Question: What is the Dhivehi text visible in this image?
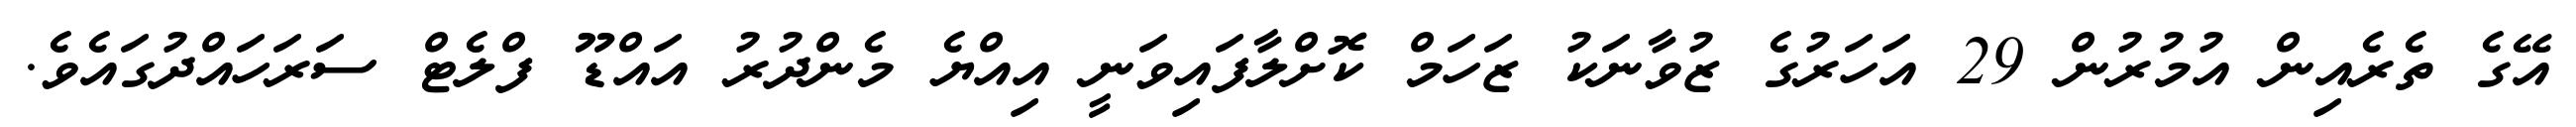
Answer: އޭގެ ތެރެއިން އުމުރުން 29 އަހަރުގެ ޒުވާނަކު ޒަހަމް ކޮށްލާފައިވަނީ އިއްޔެ މެންދުރު އައްޑޫ ފްލެޓް ސަރަހައްދުގައެވެ.